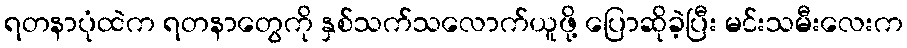
ရတနာပုံထဲက ရတနာတွေကို နှစ်သက်သလောက်ယူဖို့ ပြောဆိုခဲ့ပြီး မင်းသမီးလေးက